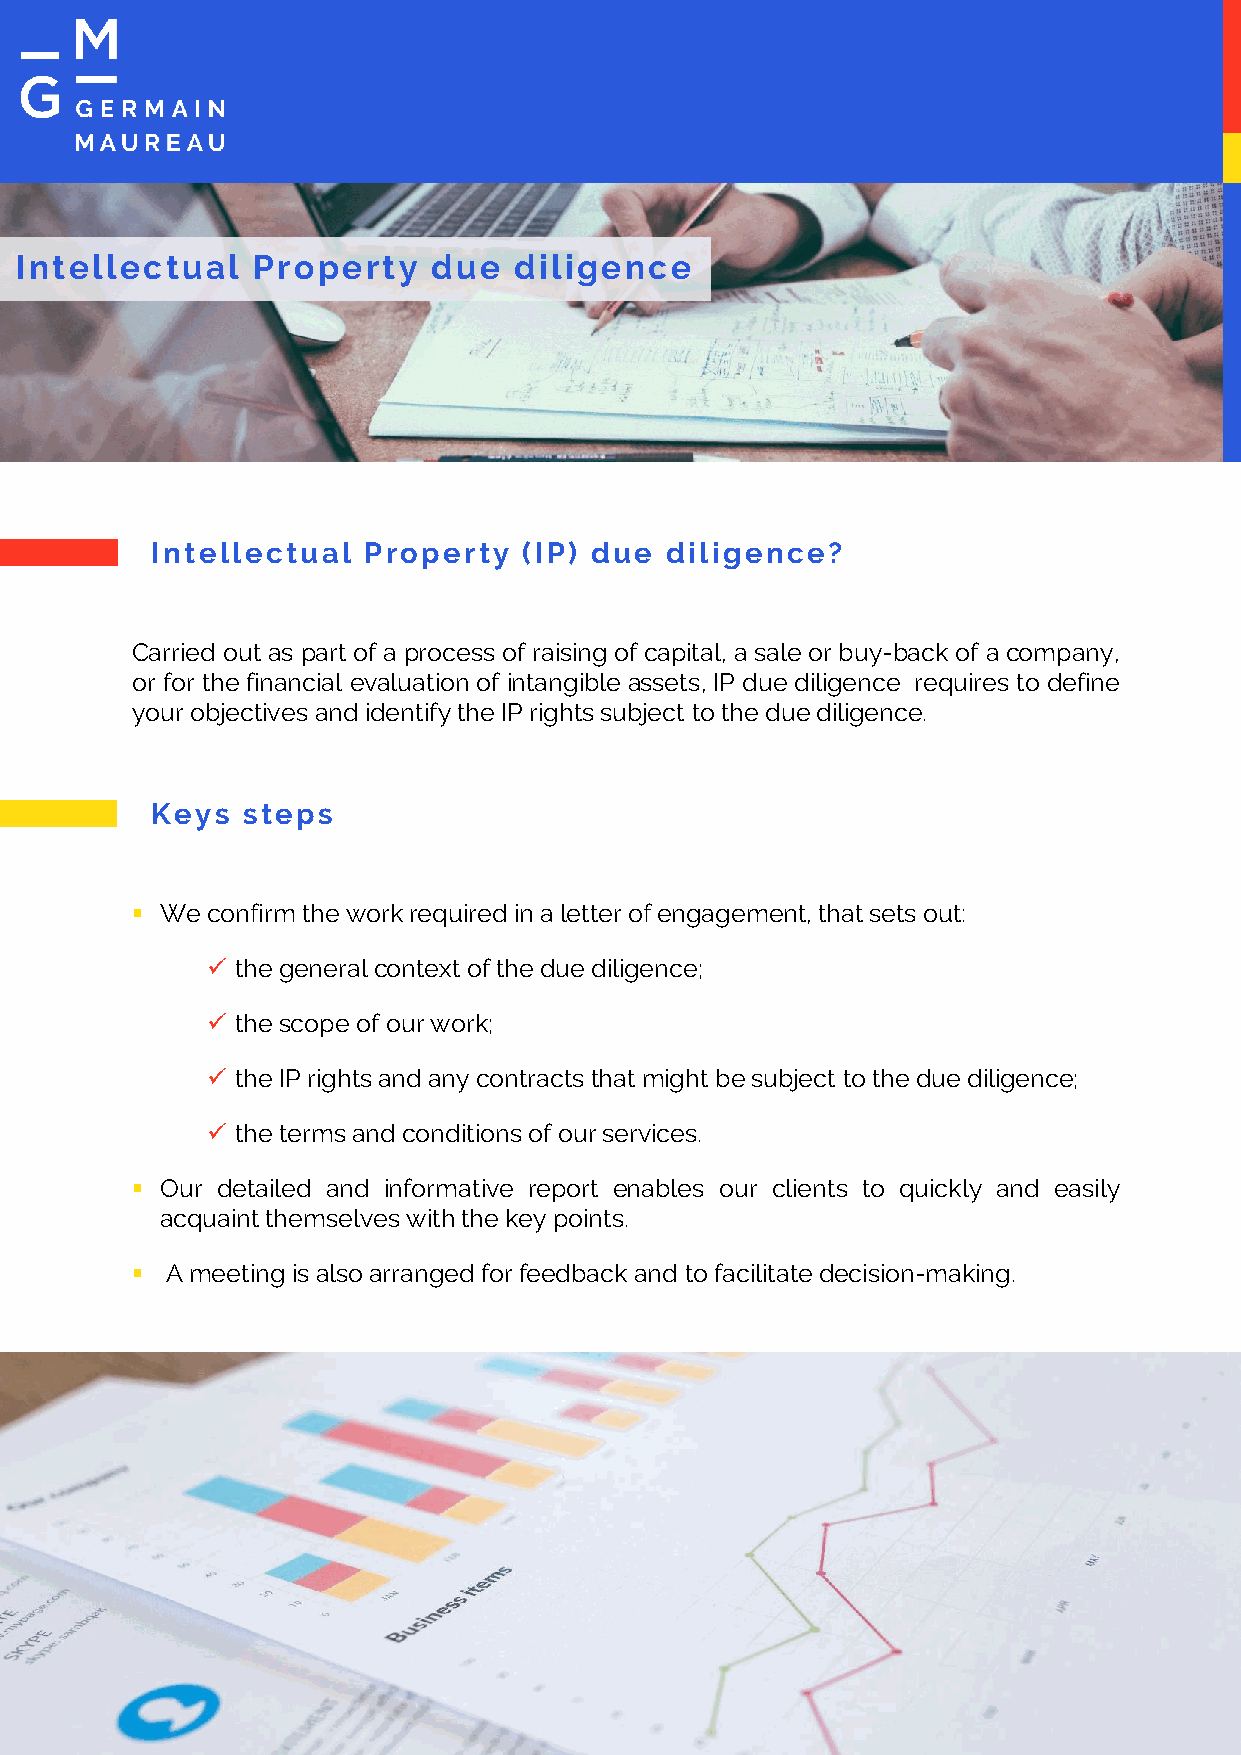
Intellectual    Property   due   diligence
 Intellectual  Property   (IP) due diligence?
 Carried out as part of a process of raising ofcapital, a sale or buy-back of a company,
 or for the financial evaluation of intangible assets, IP due diligence requires to define
 your objectives and identifythe IP rightssubject tothe duediligence.
 Keys  steps
  We confirmtheworkrequiredin aletter ofengagement, thatsets out:
  the generalcontextofthedue diligence;
  the scopeofourwork;
  the IP rightsand any contracts thatmightbesubject tothe due diligence;
  the termsand conditions of ourservices.
  Our detailed and informative report enables our clients to quickly and easily
 acquaintthemselves withthe keypoints.
  Ameetingis alsoarranged forfeedback and tofacilitatedecision-making.